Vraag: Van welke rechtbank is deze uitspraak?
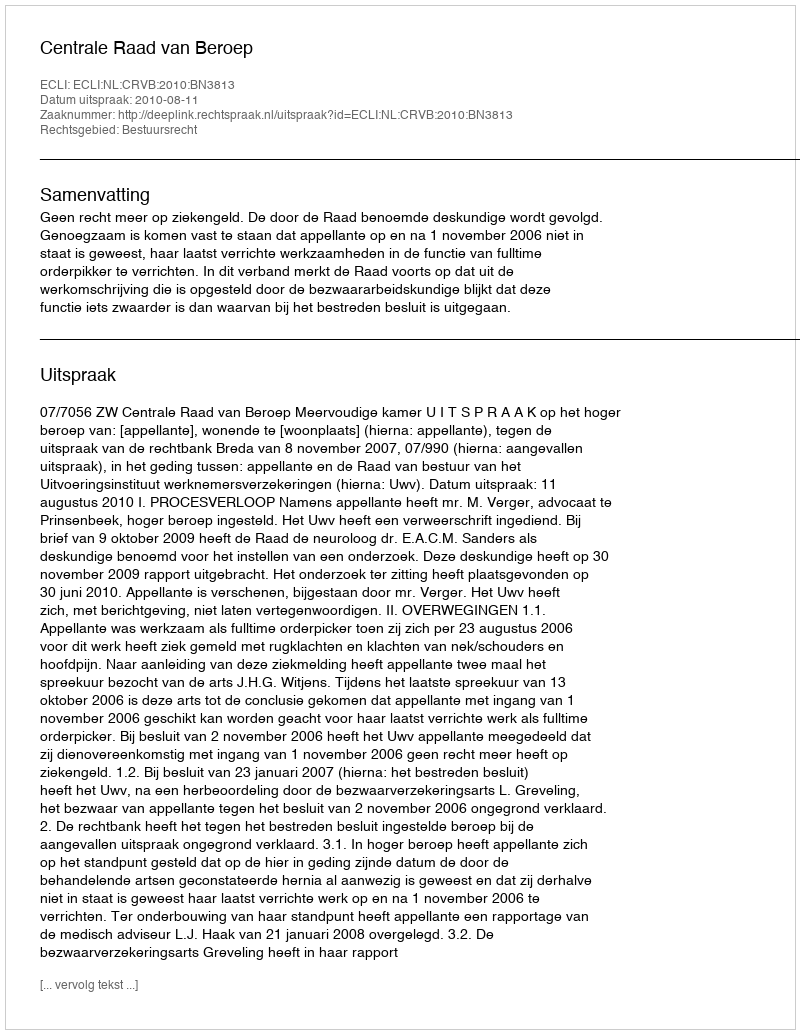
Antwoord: Centrale Raad van Beroep